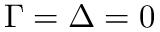
\Gamma = \Delta = 0